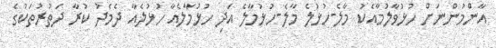
އާންމުންނަށް ހުޅުވާލުމާއެކު މާލެ-ހުޅުލެ މާލެ-ހުޅުމާލެ އަދި ހުޅުމާލެއާ ހުޅުލެއާ ދެމެދު ކުރާ ދަތުރުތަކުގެ